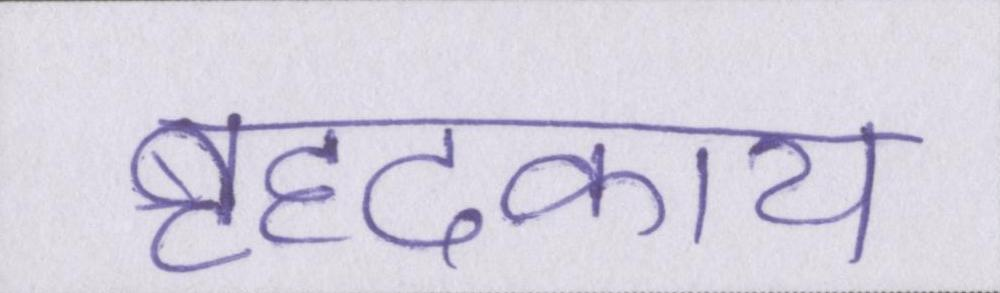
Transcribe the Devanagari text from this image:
बृहदकाय